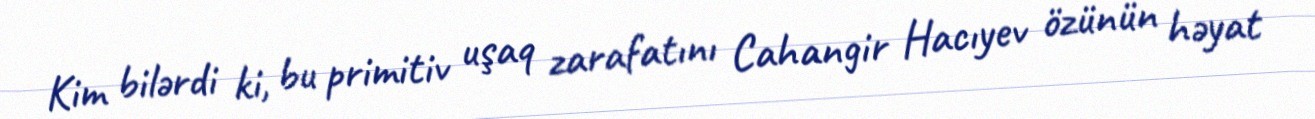
Kim bilərdi ki, bu primitiv uşaq zarafatını Cahangir Hacıyev özünün həyat